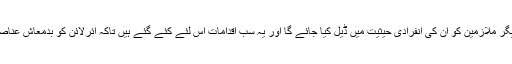
نوٹس میں یہ بھی لکھا گیا ہے کہ تمام معاملات CBA یونین کے ساتھ ہی طے پائیں گے اور دیگر ملازمین کو ان کی انفرادی حیثیت میں ڈیل کیا جائے گا اور یہ سب اقدامات اس لئے کئے گئے ہیں تاکہ ائرلائن کو بدمعاش عناصر کے چنگل سے نکالا جا سکے جو عرصہ دراز سے کمپنی کو اپنی گرفت میں لئے ہوئے ہیں۔